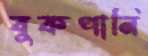
বুকপানি